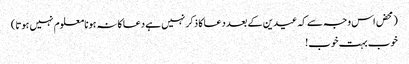
(محض اس وجہ سے کہ عیدین کے بعد دعا کا ذکر نہیں ہے دعا کا نہ ہونا معلوم نہیں ہوتا)
خوب بہت خوب!